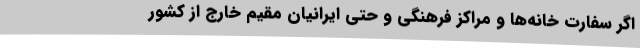
اگر سفارت خانه‌ها و مراکز فرهنگی و حتی ایرانیان مقیم خارج از کشور